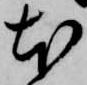
本